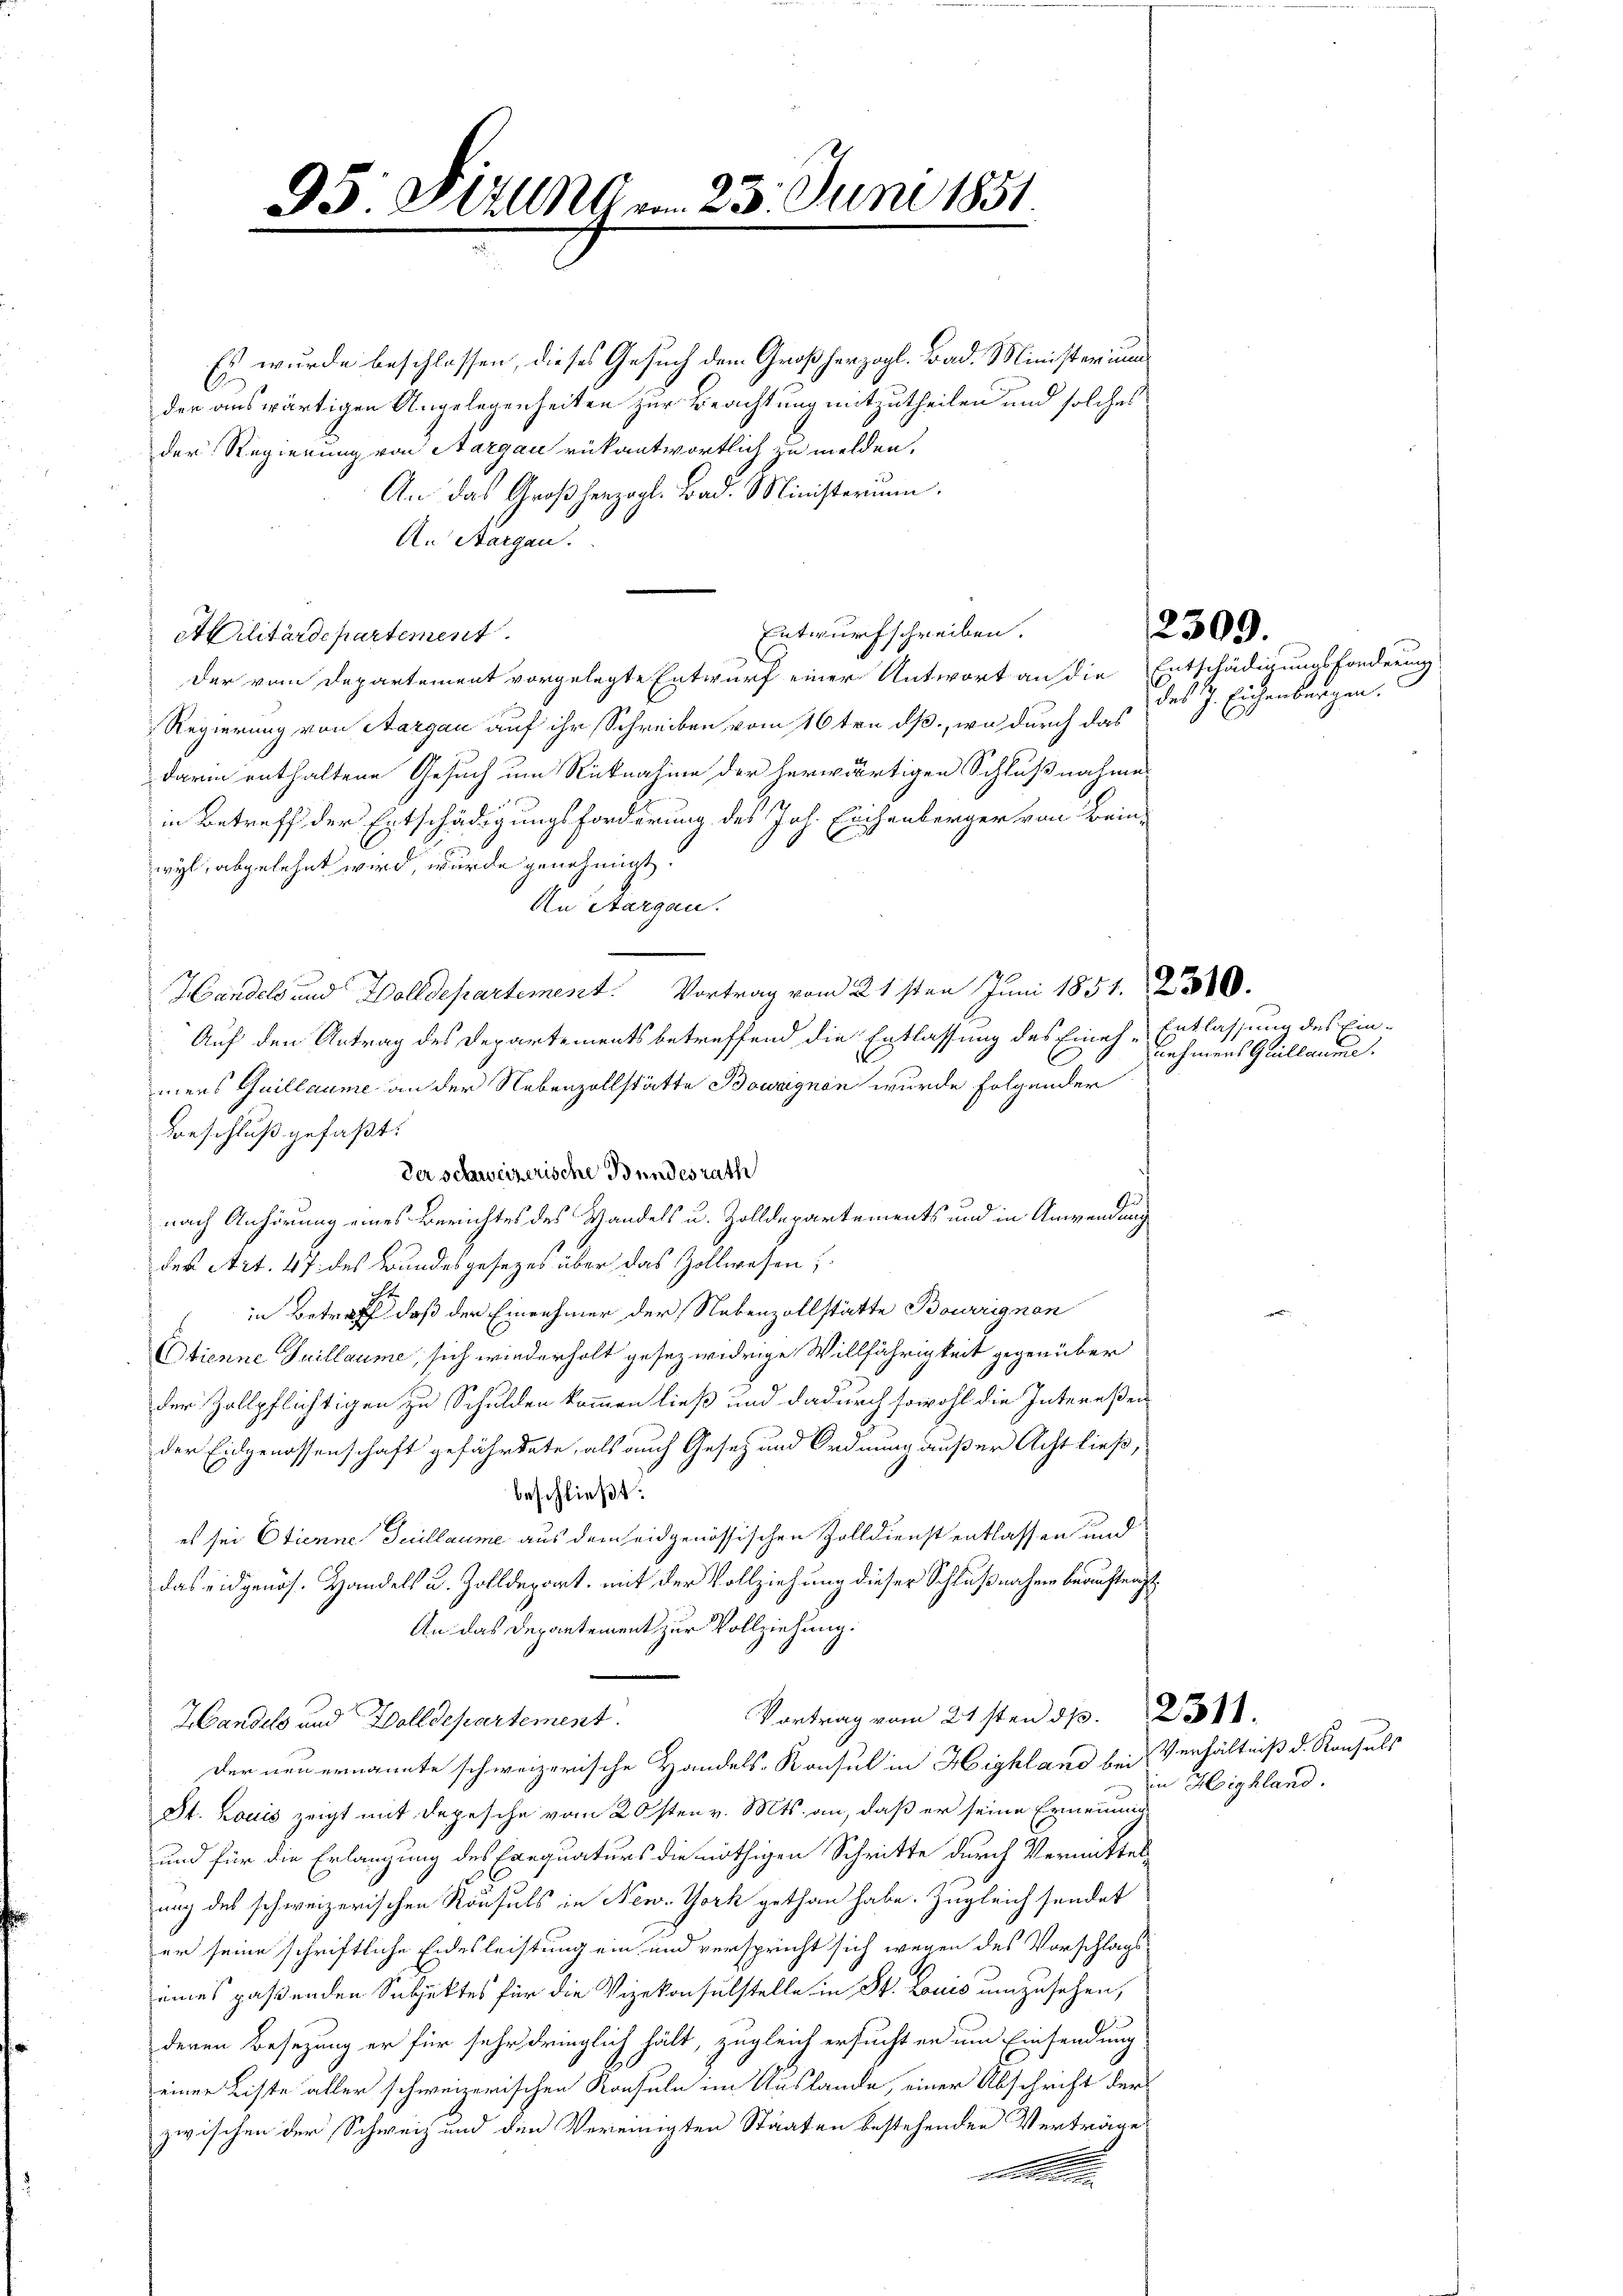
95: Fizung am 23. Juni 1851
.

Es wurde beschlossen, dieses Gesuch dem Großherzogl. Bad. Ministerium
der auswärtigen Angelegenheiten zur Beachtung mitzutheilen und solches
der Regierung von Aargau rükantwortlich zu melden.
An das Großherzogl. Bad. Ministerium.
An Aargau.
At Vilitärdepartement
Der vom Departement vorgelegte Entwurf einer Antwort an die Entschädigungsfonderung
Regierung von Aargau auf ihr Schreiben vom 16 ten dß., wo durch das
darin enthaltene Gesuch um Rücknahme der herwärtigen Schlußnahme
in Betreff der Entschädigungsforderung des Joh. Eichenberger von Beinwyl, abgelehnt wird, wurde genehmigt.
An Aargau.
Handels und Wolldepartement. Vortrag vom 21sten Juni 1851. 238100.
Auf den Antrag des Departements betreffend die Entlassung des Eineh-
mers Guillaume an der Nebenzollstätte Bowagnen wurde folgender
Beschluß gefaßt:
Der schweizerische Bundesrath
nach Anhörung eines Berichtes des Handels u. Zolldepartements und in Anwendung
der Art. 47 des Bundesgesezes über das Zollwesen;
in Betreff daß der Einnehmer der Nebenzollstätte Bourrignon
Otienne Guillaume, sich wiederholt gesez widrige Willfährigkeit gegenüber
der Zollpflichtigen zu Schulden kommen ließ und dadurch sowohl die Intereßen
der Eidgenossenschaft gefährdete, als auch Gesetz und Ordnung außer Acht ließ,
beschließt:
es sei Etienne Teillaume aus dem eidgenössischen Zolldienst entlassen und
das eidgenos. Handels u. Zolldepart, mit der Vollziehung dieser Schlußnahme beauftragt
An das Departement zur Vollziehung.
Vortrag vom 21sten d. 231.
ZGandels und Wolldepartement
Der neu ernannte schweizerische Handels-Konsul in Highland bei
St. Louis zeigt mit Depesche vom 20sten v. Mts. an, daß er seine Erneinung
und für die Erlangung des Exequaturs die nöthigen Schritte durch Vermittel-
nach des schweizerischen Konsuls in New-York gethan habe. Zugleich sendet
er seine schriftliche Eidesleistung ein und verspricht sich wegen des Vorschlags
eines paßenden Subjektes für die Vizekonsulstelle in St. Louis umzusehen,
deren Besetzung er für sehr dringlich hält, zugleich ersucht er um Einsendung
einer Liste aller schweizerischen Konsuln im Auslande, einer Abschrift der
zwischen der Schweiz und den Vereinigten Staaten bestehenden Verträge
e

Entwurfschreiben.

des J. Eichenbergen.

2309.

Entlassung des Einnehmens Grillaume.

Verhältniß d. Konsuls
in Highland.